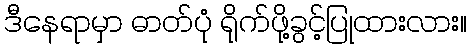
ဒီနေရာမှာ ဓာတ်ပုံ ရိုက်ဖို့ခွင့်ပြုထားလား။